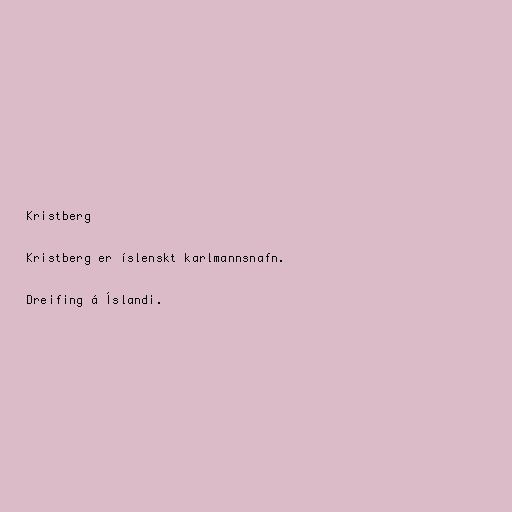
Kristberg

Kristberg er íslenskt karlmannsnafn.

Dreifing á Íslandi.